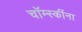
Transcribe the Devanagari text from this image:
चॉम्स्कींना